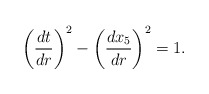
\begin{align*}\left(\frac{dt}{dr}\right)^2 -\left(\frac{dx_5}{dr}\right)^2=1.\end{align*}